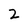
Character: 2